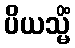
ပိယသ္မိံ